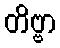
တိဗ္ဗာ